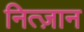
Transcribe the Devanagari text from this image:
नित्ज़ान